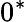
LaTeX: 0^{*}